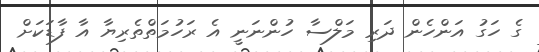
ގެ ހަގު އަންހެން ދަރި މަލްސާ ހުންނަނީ އެ ރަހުމަތްތެރިޔާ އާ ފާޑަކަށް